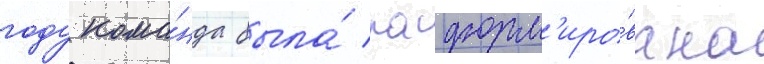
году кома́нда была́ расформ'иро́вана